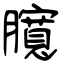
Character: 臗